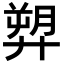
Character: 𢍥